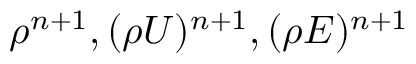
\rho ^ { n + 1 } , ( \rho \boldsymbol { U } ) ^ { n + 1 } , ( \rho E ) ^ { n + 1 }